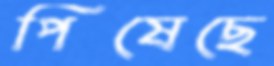
পিষেছে